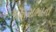
મહાસભાનો